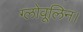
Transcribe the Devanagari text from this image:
ग्लोवूलिन।